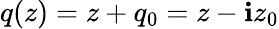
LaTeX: q(z)=z+q_{0}=z-\mathbf{i}z_{0}